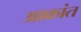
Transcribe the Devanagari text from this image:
अाक्रांत